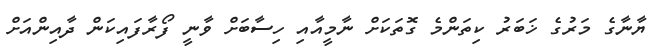
ޔާނާގެ މަރުގެ ޚަބަރު ކިތަންމެ ގޮތަކަށް ނާމީއާއި ހިސާބަށް ވާނީ ފޯރާފައިކަން ދާއިންއަށް